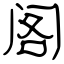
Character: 阁